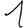
Digit: 1